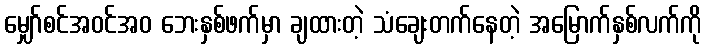
မျှော်စင်အဝင်အဝ ဘေးနှစ်ဖက်မှာ ချထားတဲ့ သံချေးတက်နေတဲ့ အမြောက်နှစ်လက်ကို